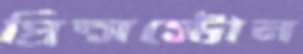
প্রিন্সস্টোন